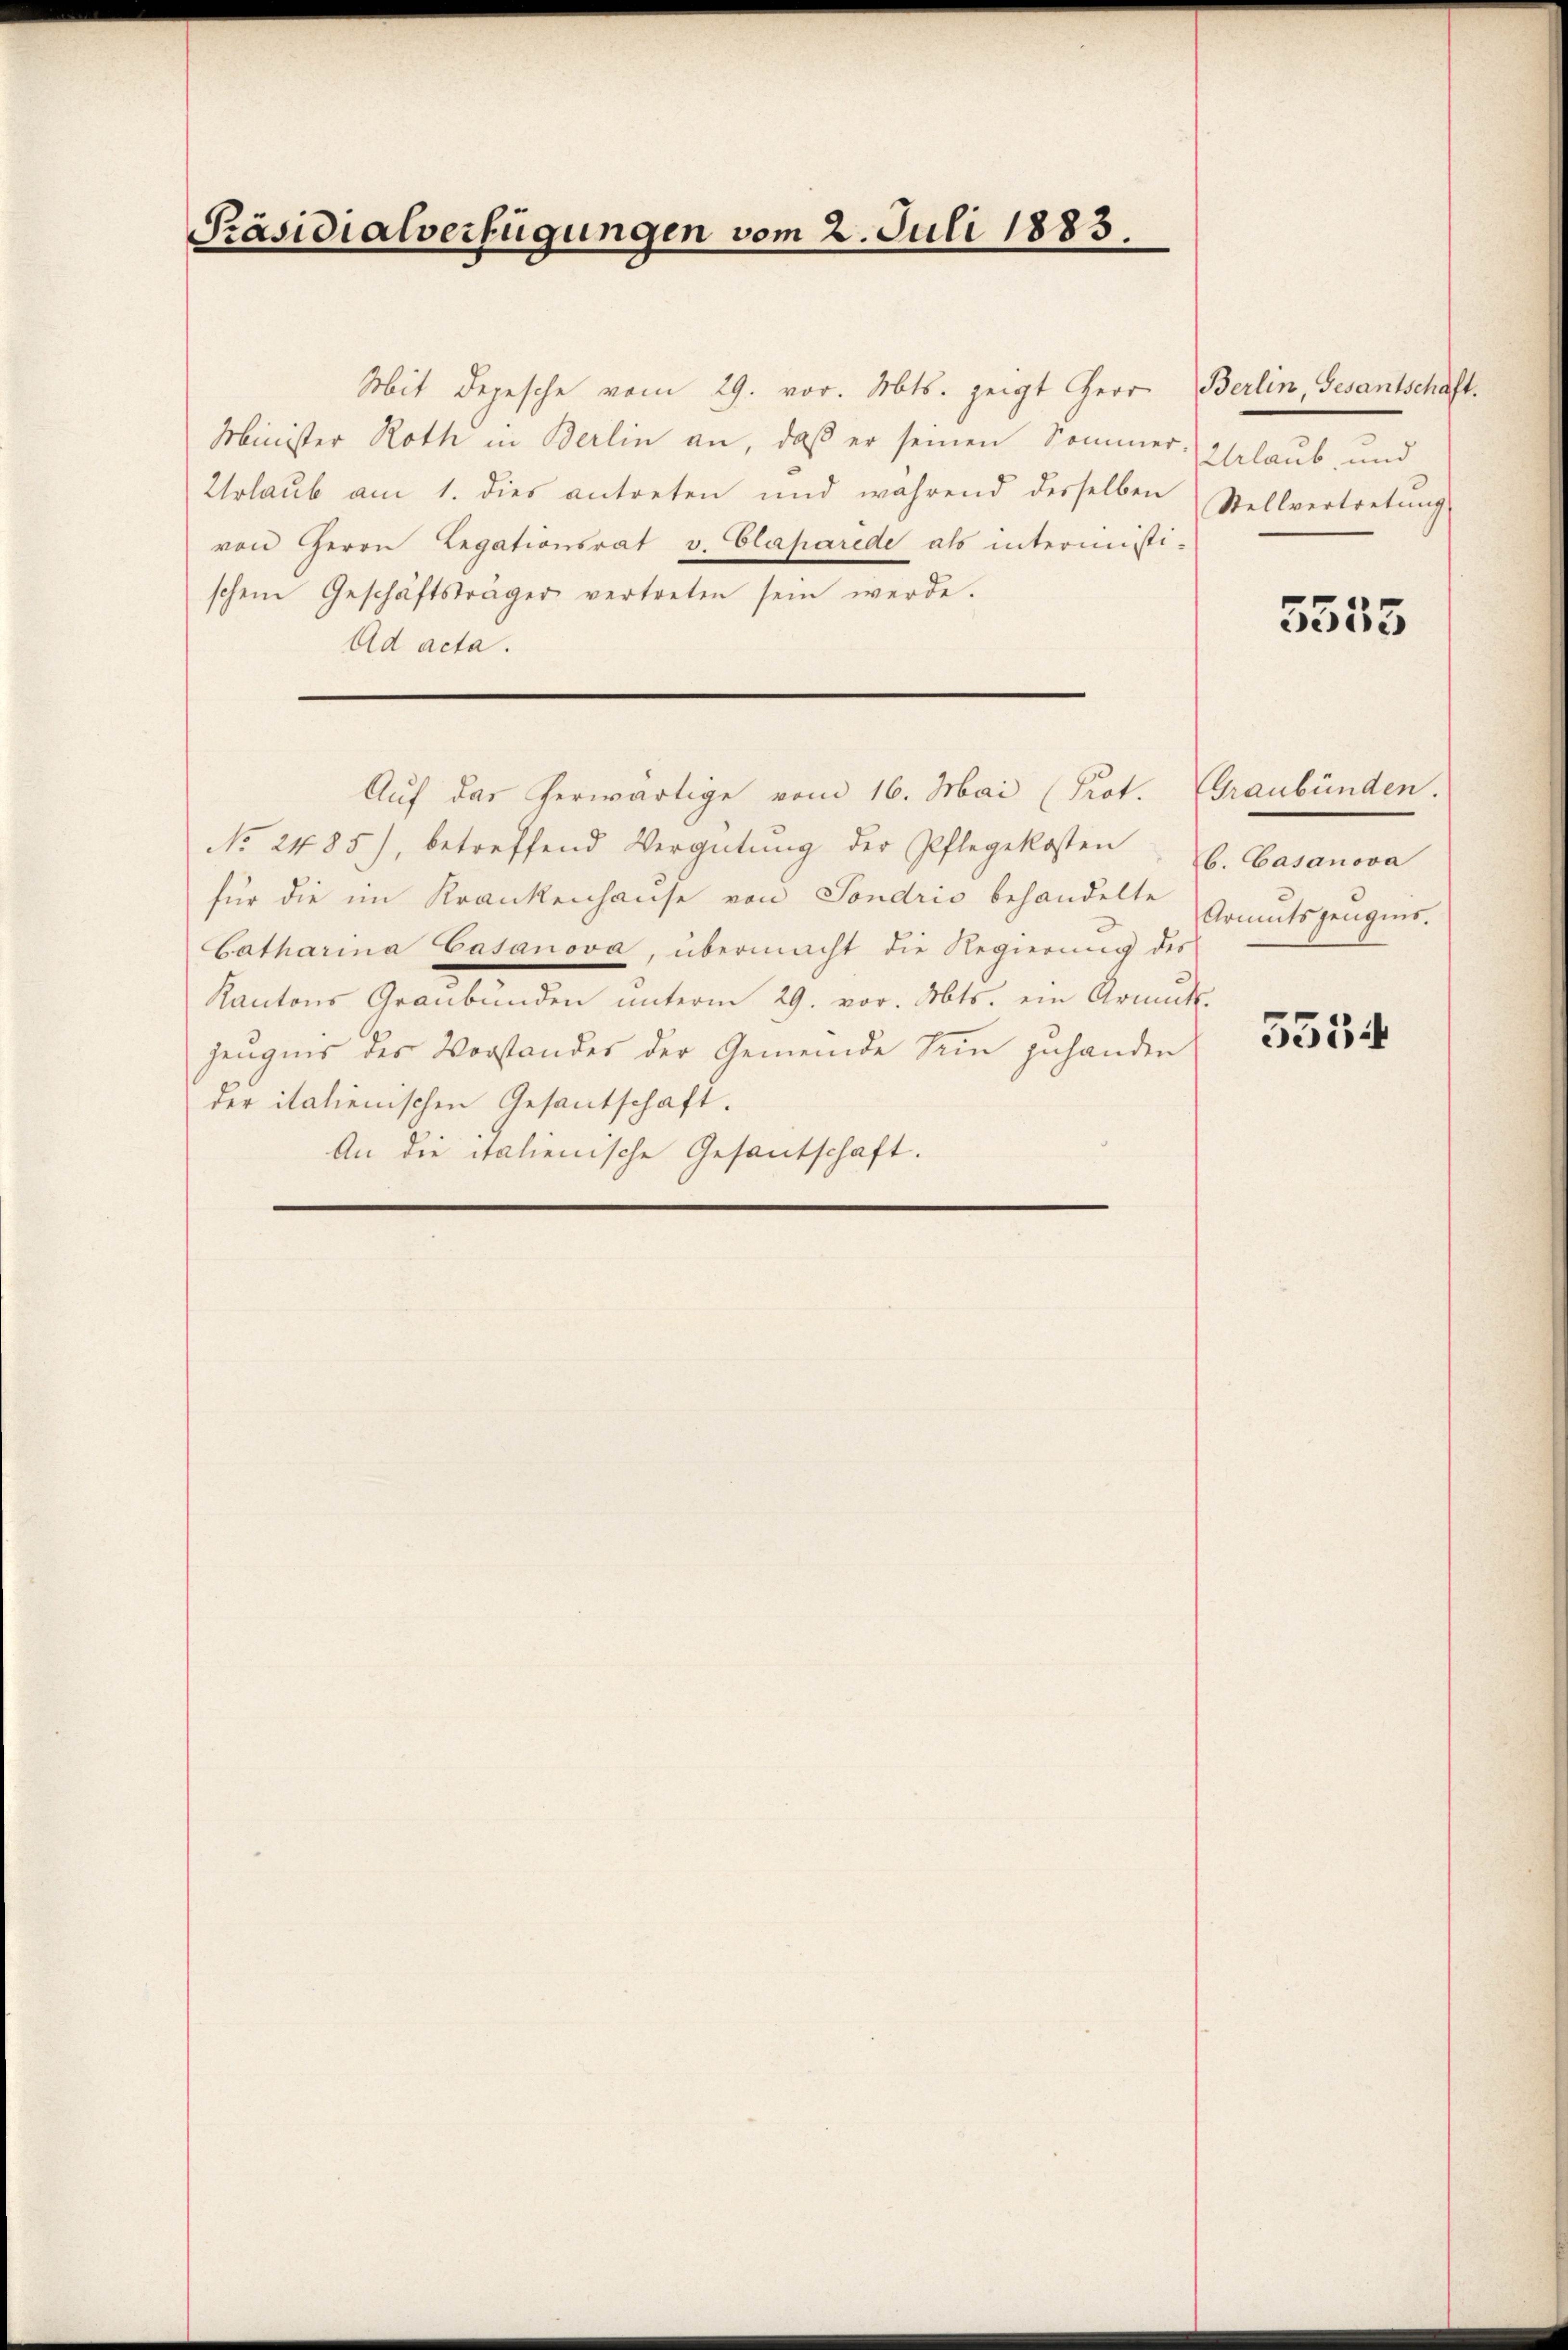
Präsidialverfügungen vom 2. Juli 1883.

Mit Depesche vom 29. vor. Mts. zeigt Herr
Minister Roth in Berlin an, daß er seinen Sommer
Urlaub am 1. dies antreten und während desselben
von Herrn Legationsrat v. Claparede als intermisti-
schem Geschäftsträger vertreten sein werde.
Ad acta.
No 2485), betreffend Vergütung der Pflegekosten
für die im Krankenhause von Sondrio behandelte
Catharina Gasanova, übermacht die Regierŭng des
Kantons Graubünden unterm 29. vor. Abts. ein Armuts-
zeugnis des Vorstandes der Gemeinde Sein zuhanden
der italienischen Gesantschaft.
An die italienische Gesantschaft.

Auf das herwärtige vom 16. Mai (Prot. (Graubünden.

Berlin, Gesantschaft.
Urlaub, und
Stellvertretung

5555

b. Casanova
Armutszeugnis.

5534